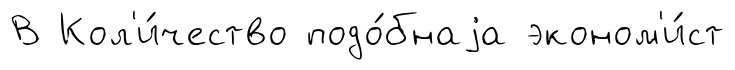
В Кол'и́чество подо́бнаjа эконом'и́ст